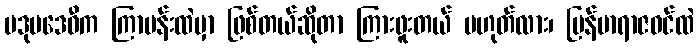
ပဒုမဒေဝီက ကြာပန်းထဲမှာ ဖြစ်တယ်ဆိုတာ ကြားဖူးတယ် မဟုတ်လား၊ မြန်မာရာဇဝင်ထဲ